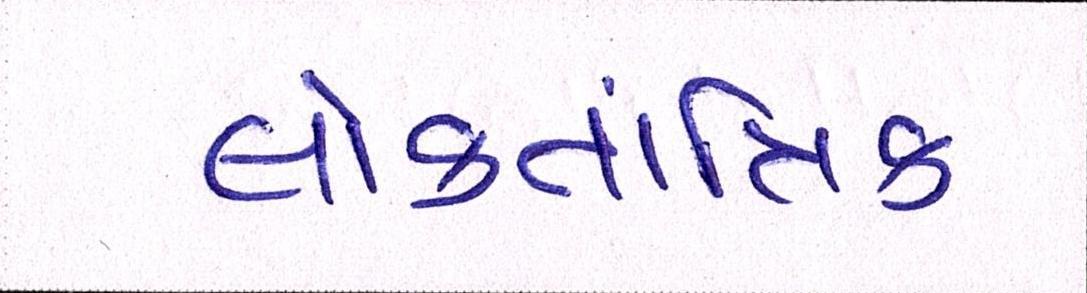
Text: લોકતાંત્રિક